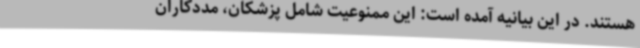
هستند. در این بیانیه آمده است: این ممنوعیت شامل پزشکان، مددکاران